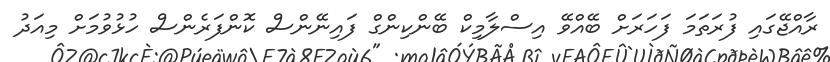
ރާއްޖޭގައި ފުރަތަމަ ފަހަރަށް ބޭއްވޭ އިސްލާމިކް ބޭންކިންގް ފައިނޭންސް ކޮންފަރެންސް ހުޅުވުމަށް މިއަދު